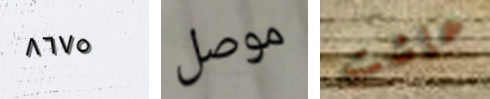
٨٦٧٥ موصل عاشت